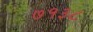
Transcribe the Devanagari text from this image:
७१३८